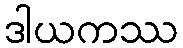
ဒါယကဿ